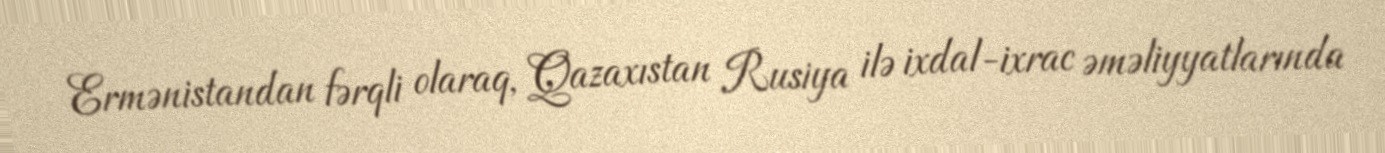
Ermənistandan fərqli olaraq, Qazaxıstan Rusiya ilə ixdal-ixrac əməliyyatlarında